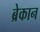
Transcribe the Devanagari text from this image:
ब्रेकान